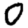
Digit: 0